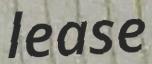
lease